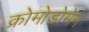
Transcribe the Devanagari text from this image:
क्रोमोडोमेन